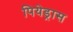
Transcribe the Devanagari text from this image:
पियेड्रास